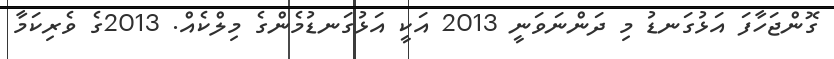
ގޮންޖަހާފަ އަޅުގަނޑު މި ދަންނަވަނީ 2013 އަކީ އަޅުގަނޑުމެންގެ މިލްކެއް. 2013ގެ ވެރިކަމާ